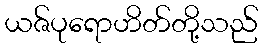
ယဇ်ပုရောဟိတ်တို့သည်